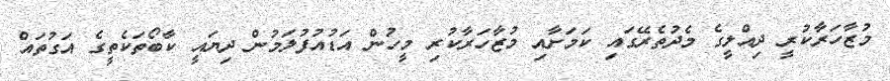
މުޒާހަރާކުރީ ދިއްލީގެ މެދުތެރޭގައި ކަމަށާއި މުޒާހަރާކުރި މީހުން އަޑުއުފުލަމުން ދިޔައީ ކާބޯތަކެތީގެ އަގުތައް